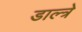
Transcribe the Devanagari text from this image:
डाल्त्रे